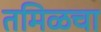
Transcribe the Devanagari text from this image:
तमिळचा